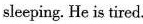
sleeping. He is tired.